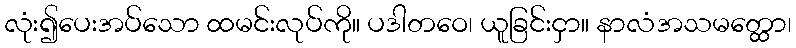
လုံး၍ပေးအပ်သော ထမင်းလုပ်ကို။ ပဒါတဝေ၊ ယူခြင်းငှာ။ နာလံအသမတ္ထော၊